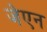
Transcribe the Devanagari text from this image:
जेएन